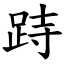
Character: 跱